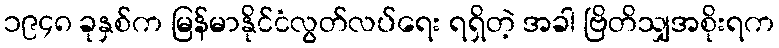
၁၉၄၈ ခုနှစ်က မြန်မာနိုင်ငံလွတ်လပ်ရေး ရရှိတဲ့ အခါ ဗြိတိသျှအစိုးရက